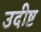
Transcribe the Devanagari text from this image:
उदीष्ट